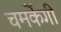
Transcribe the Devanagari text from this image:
चमकेंगी